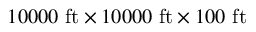
1 0 0 0 0 \ \mathrm { f t } \times 1 0 0 0 0 \ \mathrm { f t } \times 1 0 0 \ \mathrm { f t }